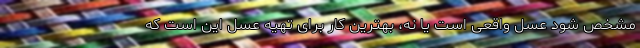
مشخص شود عسل واقعی است یا نه، بهترین کار برای تهیه عسل این است که